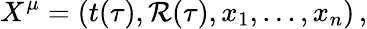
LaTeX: X^{\mu}=(t(\tau),{\mathcal R}(\tau),x_{1},\dots,x_{n})\, ,